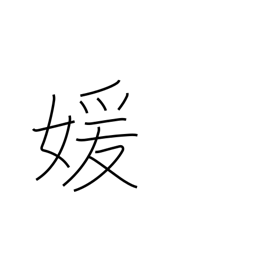
Meaning: beautiful woman